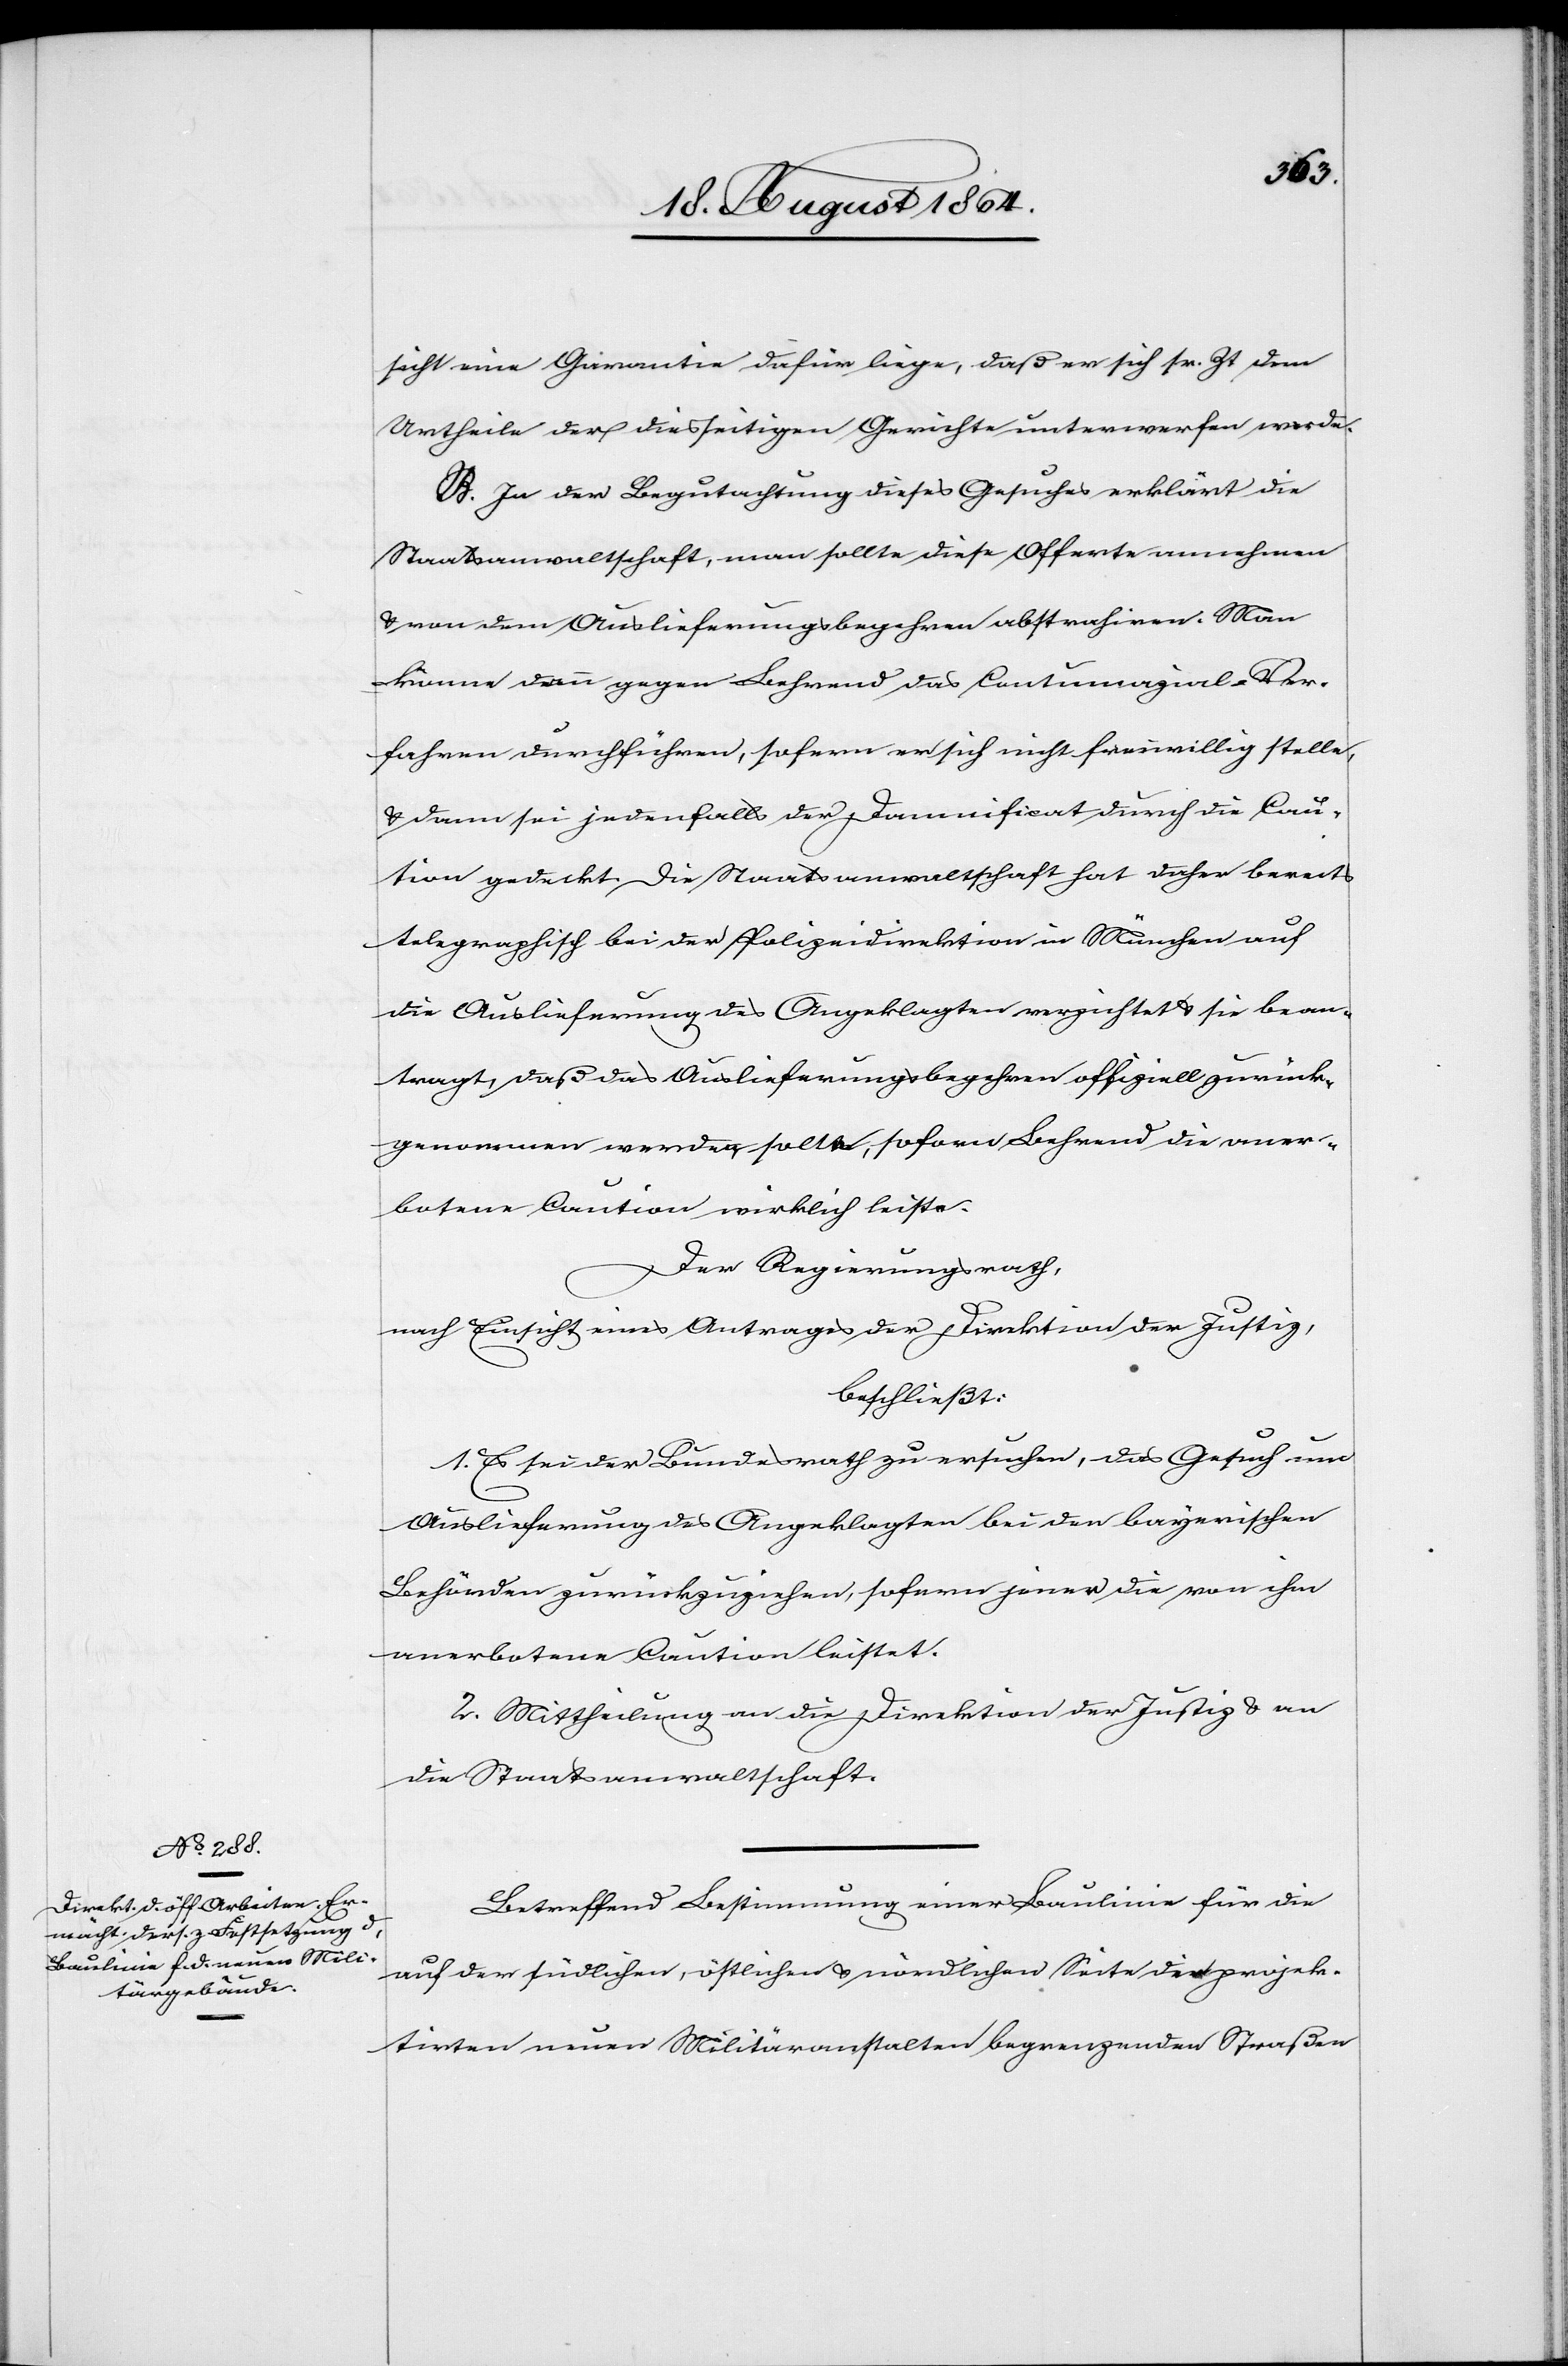
sicht eine Garantie dafür liege, daß er sich sr. Zt. dem
Urtheile der diesseitigen Gerichte unterwerfen werde.
B. In der Begutachtung dieses Gesuches erklärt die
Staatsanwaltschaft, man sollte diese Offerte annehmen
& von dem Auslieferungsbegehren abstrahiren. Man
könne dann gegen Behrend das Contumazial-Ver¬
fahren durchführen, sofern er sich nicht freiwillig stelle,
& dann sei jedenfalls der Damnificat durch die Cau¬
tion gedeckt. Die Staatsanwaltschaft hat daher bereits
telegraphisch bei der Polizeidirektion in München auf
die Auslieferung des Angeklagten verzichtet & sie bean¬
tragt, daß das Auslieferungsbegehren offiziell zurück¬
genommen werden sol[l]te, sofern Behrend die aner¬
botene Caution wirklich leiste.
Der Regierungsrath,
nach Einsicht eines Antrages der Direktion der Justiz,
beschließt:
1. Es sei der Bundesrath zu ersuchen, das Gesuch um
Auslieferung des Angeklagten bei den bayerischen
Behörden zurückzuziehen, sofern jener die von ihm
anerbotene Caution leistet.
2. Mittheilung an die Direktion der Justiz & an
die Staatsanwaltschaft.
Betreffend Bestimmung einer Baulinie für die
auf der südlichen, östlichen & nördlichen Seite der projek¬
tirten neuen Militäranstalten begrenzenden Straßen